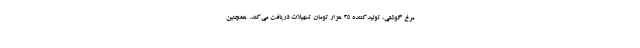
مرغ گوشتی، تولیدکننده ۳۵ هزار تومان تسهیلات دریافت می‌کند. همچنین